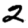
Digit: 2